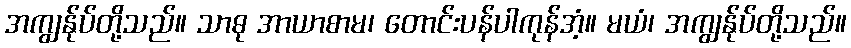
အကျွန်ုပ်တို့သည်။ သာဓု အာယာစာမ၊ တောင်းပန်ပါကုန်အံ့။ မယံ၊ အကျွန်ုပ်တို့သည်။